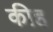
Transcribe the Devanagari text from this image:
कीह